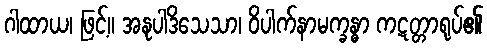
ဂါထာယ၊ ဖြင့်။ အနုပါဒိသေသာ၊ ဝိပါက်နာမက္ခန္ဓာ ကဋတ္တာရုပ်၏